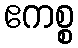
ဧကစ္စ